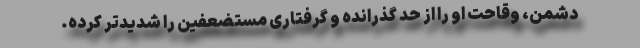
دشمن، وقاحت او را از حد گذرانده و گرفتاری مستضعفین را شدیدتر کرده.